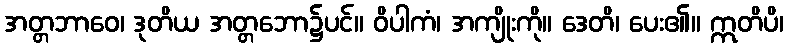
အတ္တဘာဝေ၊ ဒုတိယ အတ္တဘော၌ပင်။ ဝိပါကံ၊ အကျိုးကို။ ဒေတိ၊ ပေး၏။ ဣတိပိ၊